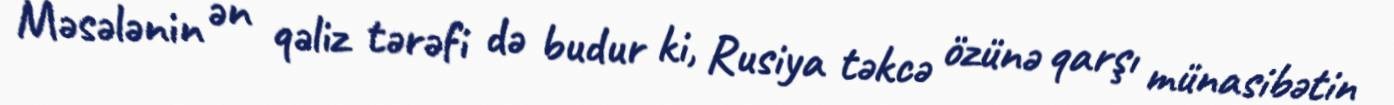
Məsələnin ən qəliz tərəfi də budur ki, Rusiya təkcə özünə qarşı münasibətin